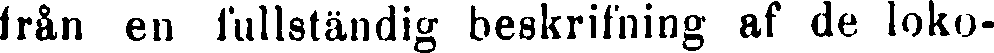
från en fullständig beskrifning af de loko-